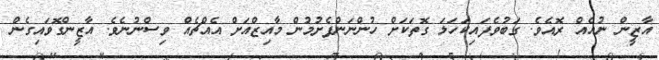
އާޒީން ނުއެއް ރޮއެވެ. ގަބުވެފައިކަހަލަ ގޮތަކަށް ހުންނަންފެށުމުން މާއިޒްއަށް އެއްޗެއް ވިސްނުނެވެ. އާޒީންގޮވައިގެން